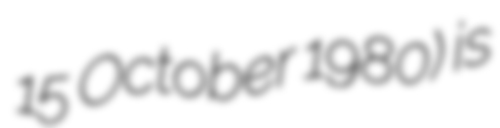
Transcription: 15 October 1980) is